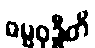
ဓမ္မဝုဒ္ဓီတိ